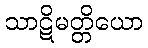
သာဋိမတ္တိယော